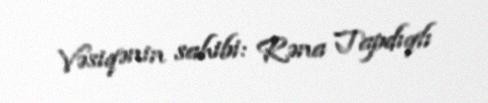
Vəsiqənin sahibi: Rəna Tapdıqlı